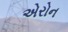
એરોન